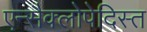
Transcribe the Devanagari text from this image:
एन्सैक्लोपेदिस्त